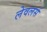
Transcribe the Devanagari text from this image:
लेवलर्स